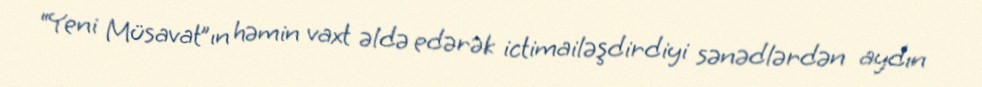
“Yeni Müsavat”ın həmin vaxt əldə edərək ictimailəşdirdiyi sənədlərdən aydın